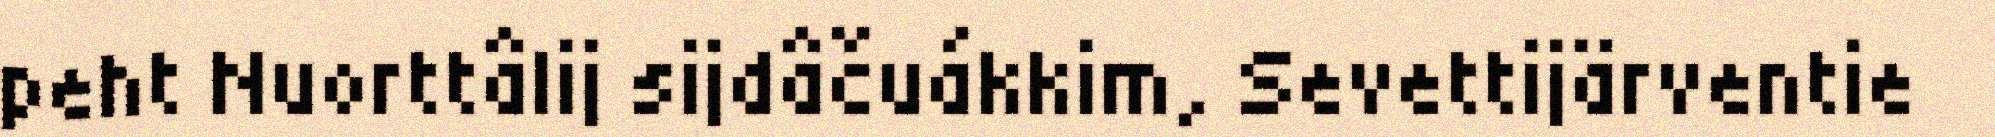
peht Nuorttâlij sijdâčuákkim, Sevettijärventie